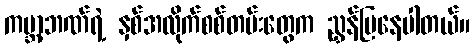
ကမ္ဘာ့ဘဏ်ရဲ့ နှစ်အလိုက်စစ်တမ်းတွေက ညွှန်ပြနေပါတယ်။